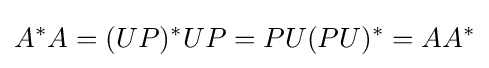
A^{*}A=(UP)^{*}UP=PU(PU)^{*}=AA^{*}